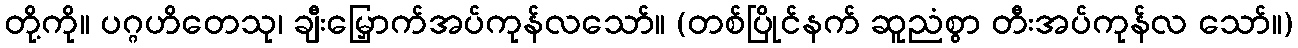
တို့ကို။ ပဂ္ဂဟိတေသု၊ ချီးမြှောက်အပ်ကုန်လသော်။ (တစ်ပြိုင်နက် ဆူညံစွာ တီးအပ်ကုန်လ သော်။)